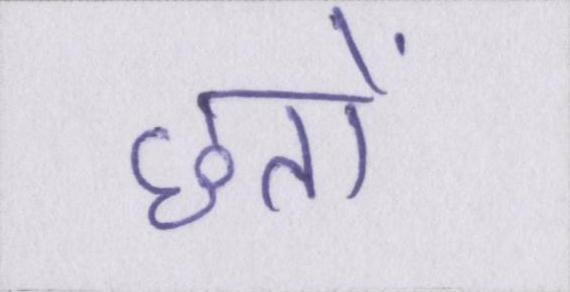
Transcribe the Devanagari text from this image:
छतों